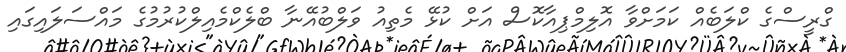
ގްރީސްގެ ކްލަބެއް ކަމަށްވާ އޮލިމްޕިއާކޮސް އަށް ކުޅޭ މެތިއު ވަލްބުއޭނާ ބްލެކްމެއިލްކުރުމުގެ މައްސަލައިގައި